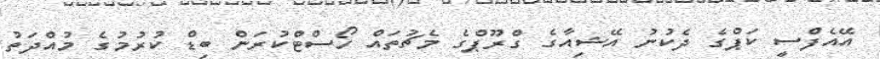
އޭއެފްސީ ކަޕްގެ ދެކުނު އޭޝިއާގެ ގްރޫޕްގެ މެޗުތައް ހޯސްޓްކުރަން ބިޑް ކުރުމުގެ މުއްދަތު